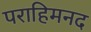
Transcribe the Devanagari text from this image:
पराहिमनद